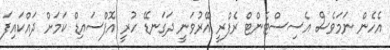
އެހެން ނަމަވެސް އެސިސްޓެންޓް ރެފްރީ އޭރުވަނީ ދަގަނޑޭ ހުރީ އޮފްސައިޑް ކަމަށް ދައްކައިފަ